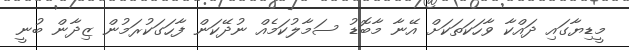
މީޑިޔާގައި ދައްކާ ވާހަކަތަކަށް އޭނާ މާބޮޑު ސަމާލުކަމެއް ނުދޭކަން ފާހަގަކުރަމުން ޒިދާން ބުނީ